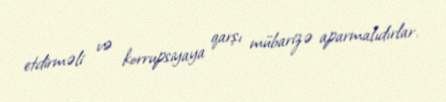
etdirməli və korrupsiyaya qarşı mübarizə aparmalıdırlar.